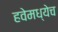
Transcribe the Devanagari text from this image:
हवेमध्येच